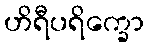
ဟိရီပရိက္ခော